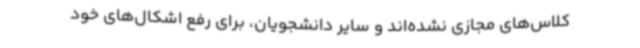
کلاس‌های مجازی نشده‌اند و سایر دانشجویان، برای رفع اشکال‌های خود